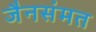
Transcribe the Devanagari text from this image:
जैनसंमत